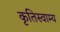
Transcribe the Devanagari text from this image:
कृतिस्वाम्य